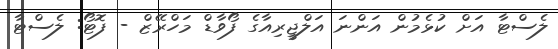
ލެސްޓާ އަށް ކުޅެމުން އަންނަ އަލްޖީރިއާގެ ފޯވާޑް މަހްރޭޒް - ފޮޓޯ: ލެސްޓާ